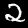
Digit: 2